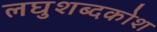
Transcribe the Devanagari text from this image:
लघुशब्दकोश